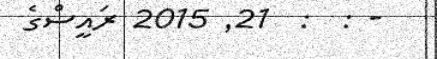
- :  :  21